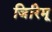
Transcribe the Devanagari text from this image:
जिरिमू